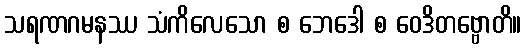
သရဏဂမနဿ သံကိလေသော စ ဘေဒေါ စ ဝေဒိတဗ္ဗောတိ။